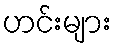
ဟင်းများ